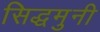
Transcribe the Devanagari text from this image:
सिद्धमुनी